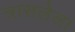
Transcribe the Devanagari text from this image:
त्रासलेला